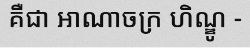
គឺជា អាណាចក្រ ហិណ្ឌូ -